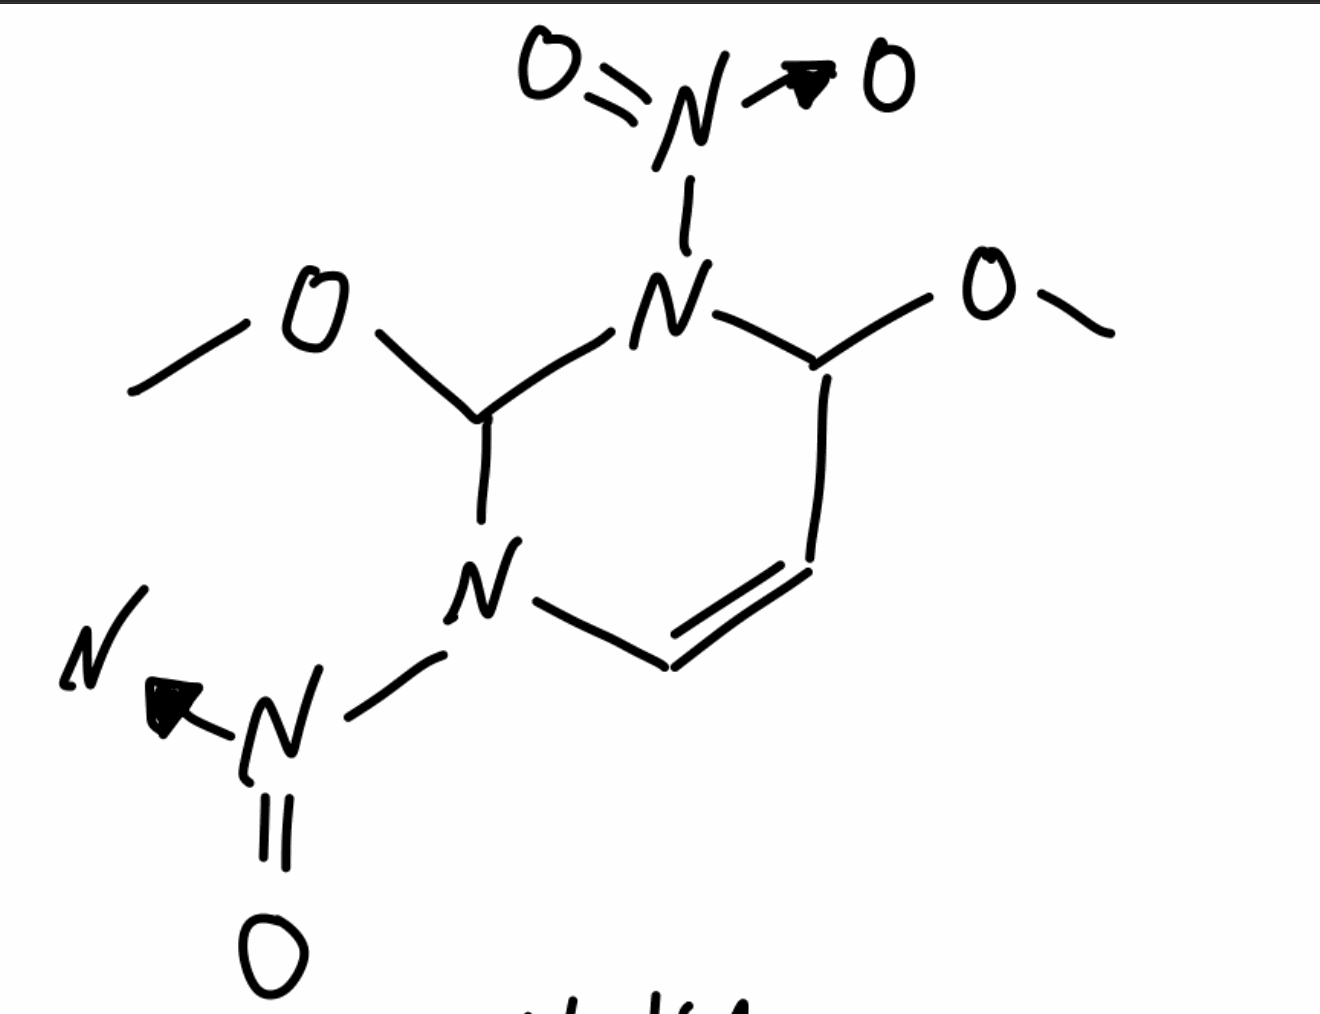
Simplified molecular-input line-entry system (SMILES) notation of the given molecule:
COC1C=CN(C(N1[N+](=O)[O-])OC)[N+](=O)[O-]